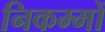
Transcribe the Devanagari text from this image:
निकम्मों